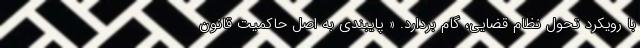
با رویکرد تحول نظام قضایی، گام بردارد. « پایبندی به اصل حاکمیت قانون